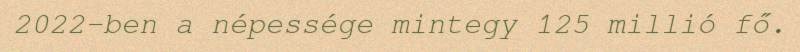
2022-ben a népessége mintegy 125 millió fő.